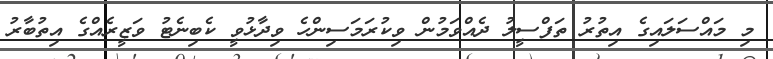
މި މައްސަލައިގެ އިތުރު ތަފްސީލު ދެއްވަމުން ވިކުރަމަސިންހެ ވިދާޅުވީ ކެބިނެޓު ވަޒީރެއްގެ އިތުބާރު